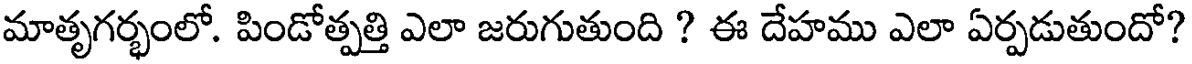
మాతృగర్భంలో. పిండోత్పత్తి ఎలా జరుగుతుంది ? ఈ దేహము ఎలా ఏర్పడుతుందో?